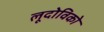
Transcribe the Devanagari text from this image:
लूदोविको